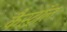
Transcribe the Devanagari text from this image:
कैस्ट्रॉल